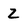
Character: Z